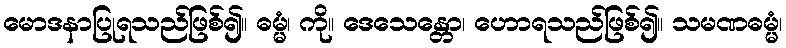
မောဒနာပြုရသည်ဖြစ်၍။ ဓမ္မံ၊ ကို။ ဒေသေန္တော၊ ဟောရသည်ဖြစ်၍။ သမဏဓမ္မံ၊